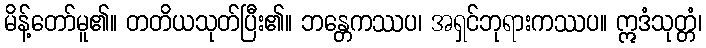
မိန့်တော်မူ၏။ တတိယသုတ်ပြီး၏။ ဘန္တေကဿပ၊ အရှင်ဘုရားကဿပ။ ဣဒံသုတ္တံ၊